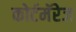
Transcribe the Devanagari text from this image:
कोर्टमॅरेज